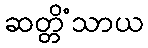
ဆတ္တိံသာယ